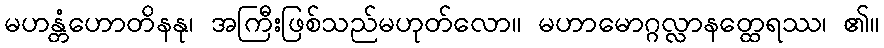
မဟန္တံဟောတိနနု၊ အကြီးဖြစ်သည်မဟုတ်လော။ မဟာမောဂ္ဂလ္လာနတ္ထေရဿ၊ ၏။